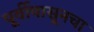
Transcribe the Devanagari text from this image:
पूर्वीपासूनचा